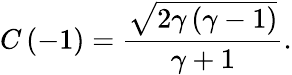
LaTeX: C\left(-1\right)=\frac{\sqrt{2\gamma\left(\gamma-1\right)}}{\gamma+1}.